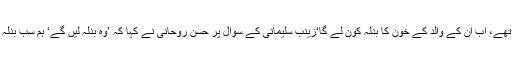
میرے والداپنے ہر دوست کے خون کا بدلہ لیتے تھے، اب ان کے والد کے خون کا بدلہ کون لے گا‘زینب سلیمانی کے سوال پر حسن روحانی نے کہا کہ ’وہ بدلہ لیں گے‘ ہم سب بدلہ لیں گے آپ اس بارے بالکل بھی فکرمند نہ ہوں'۔